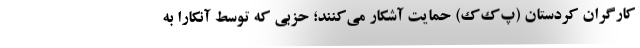
کارگران کردستان (پ‌ک‌ک) حمایت آشکار می‌کنند؛ حزبی که توسط آنکارا به